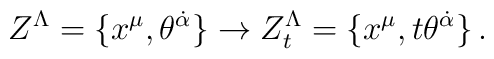
Z^\Lambda = \{x^\mu,\theta^{\dot\alpha}\} \rightarrow Z_t^\Lambda =\{x^\mu, t\theta^{\dot\alpha}\}\,.